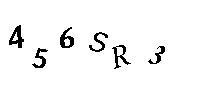
456SR3